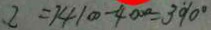
2 = 1 4 1 0 0 - 4 0 0 0 = 3 9 0 ^ { \circ }